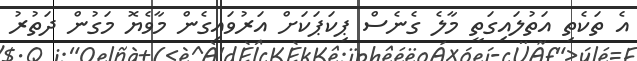
އެ ތަކެތި އަތުލައިގަތީ މާލެ ގެނެސް ޕިކަޕަކަށް އަރުވައިގެން މާވެޔޮ މަގުން ދަތުރު